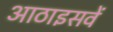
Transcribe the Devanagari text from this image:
आठाइसवें